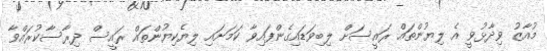
މުއާޒު ވިދާޅުވީ އެ ލިޔުންތައް ރައީސަށް ލިބިވަޑައިގެންފައިވާ ކަމަށައި ލިޔެކިޔުންތައް ރައީސް ދިރާސާކުރައްވާ